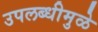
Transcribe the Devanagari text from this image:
उपलब्धीमुळे